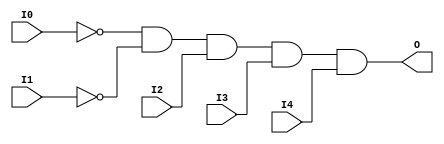

/*

FUNCTION	: 5-INPUT AND GATE

*/

`timescale  100 ps / 10 ps

`celldefine

module AND5B2 (O, I0, I1, I2, I3, I4);


    output O;

    input  I0, I1, I2, I3, I4;

    not N1 (i1_inv, I1);
    not N0 (i0_inv, I0);
    and A1 (O, i0_inv, i1_inv, I2, I3, I4);

    specify
	(I0 *> O) = (0, 0);
	(I1 *> O) = (0, 0);
	(I2 *> O) = (0, 0);
	(I3 *> O) = (0, 0);
	(I4 *> O) = (0, 0);
    endspecify

endmodule

`endcelldefine